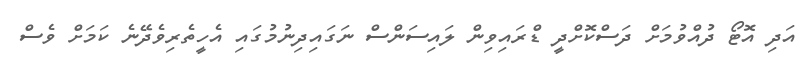
އަދި އޮޓޯ ދުއްވުމަށް ދަސްކޮށްދީ ޑްރައިވިން ލައިސަންސް ނަގައިދިނުމުގައި އެހީތެރިވެދޭނެ ކަމަށް ވެސް